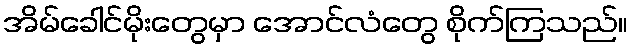
အိမ်ခေါင်မိုးတွေမှာ အောင်လံတွေ စိုက်ကြသည်။